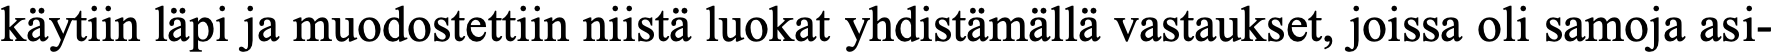
käytiin läpi ja muodostettiin niistä luokat yhdistämällä vastaukset, joissa oli samoja asi-